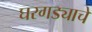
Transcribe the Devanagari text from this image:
घरगड्याचे